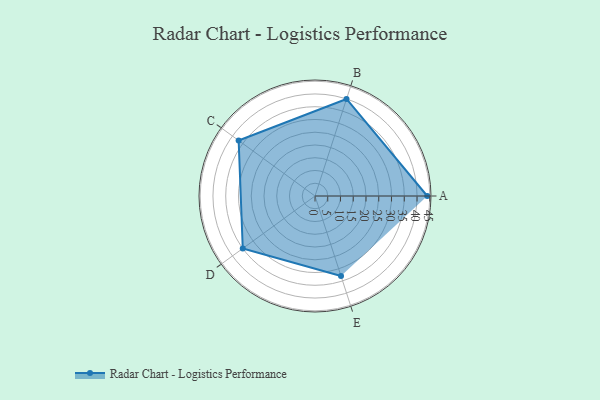
{"axis": {"x": "Skill", "y": "Score"}, "legend": ["Profile"], "data": [{"x": "A", "y": 44.0, "type": "Profile"}, {"x": "B", "y": 40.0, "type": "Profile"}, {"x": "C", "y": 37.0, "type": "Profile"}, {"x": "D", "y": 35.0, "type": "Profile"}, {"x": "E", "y": 33.0, "type": "Profile"}]}